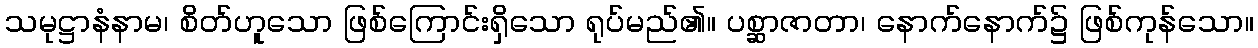
သမုဋ္ဌာနံနာမ၊ စိတ်ဟူသော ဖြစ်ကြောင်းရှိသော ရုပ်မည်၏။ ပစ္ဆာဇာတာ၊ နောက်နောက်၌ ဖြစ်ကုန်သော။